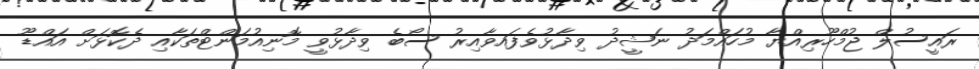
ރައީސުލް ޖުމްހޫރިއްޔާ މުހައްމަދު ނަޝީދު ވިދާޅުވެފައވާއިރު ސޯބެ ވިދާޅުވީ މޮނިއުމަންޓްތަކާއި ދެކޮޅަށް އައްޑޫ